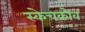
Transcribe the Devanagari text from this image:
स्केचकोव